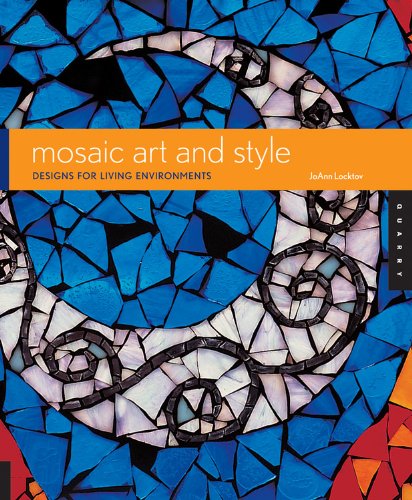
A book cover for Mosaic Art and Style: Designs for Living Environments; JoAnn Locktov; Crafts, Hobbies & Home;